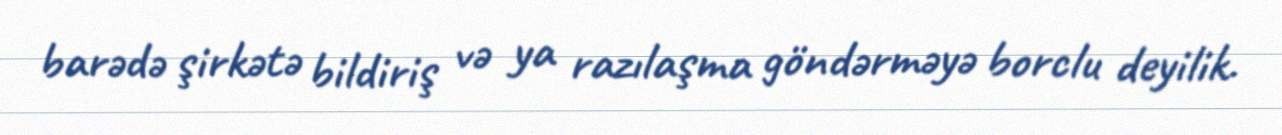
barədə şirkətə bildiriş və ya razılaşma göndərməyə borclu deyilik.